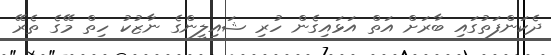
ދެކަންފަތުގައި ބާރަށް އަތް އަޅައިގެން ހުރި ޝައިލީންގެ ނާޒުކު ހިތް މޭގެ ތެރޭ